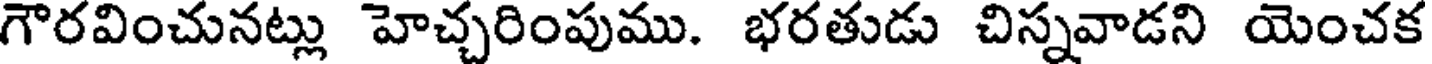
గౌరవించునట్లు హెచ్చరింపుము. భరతుడు చిస్నవాడని యెంచక